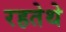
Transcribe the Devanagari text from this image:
रहतेथे